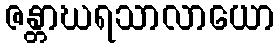
ဇန္တာဃရသာလာယော